V__Kingissepa_nim__kolhoos, lk 18
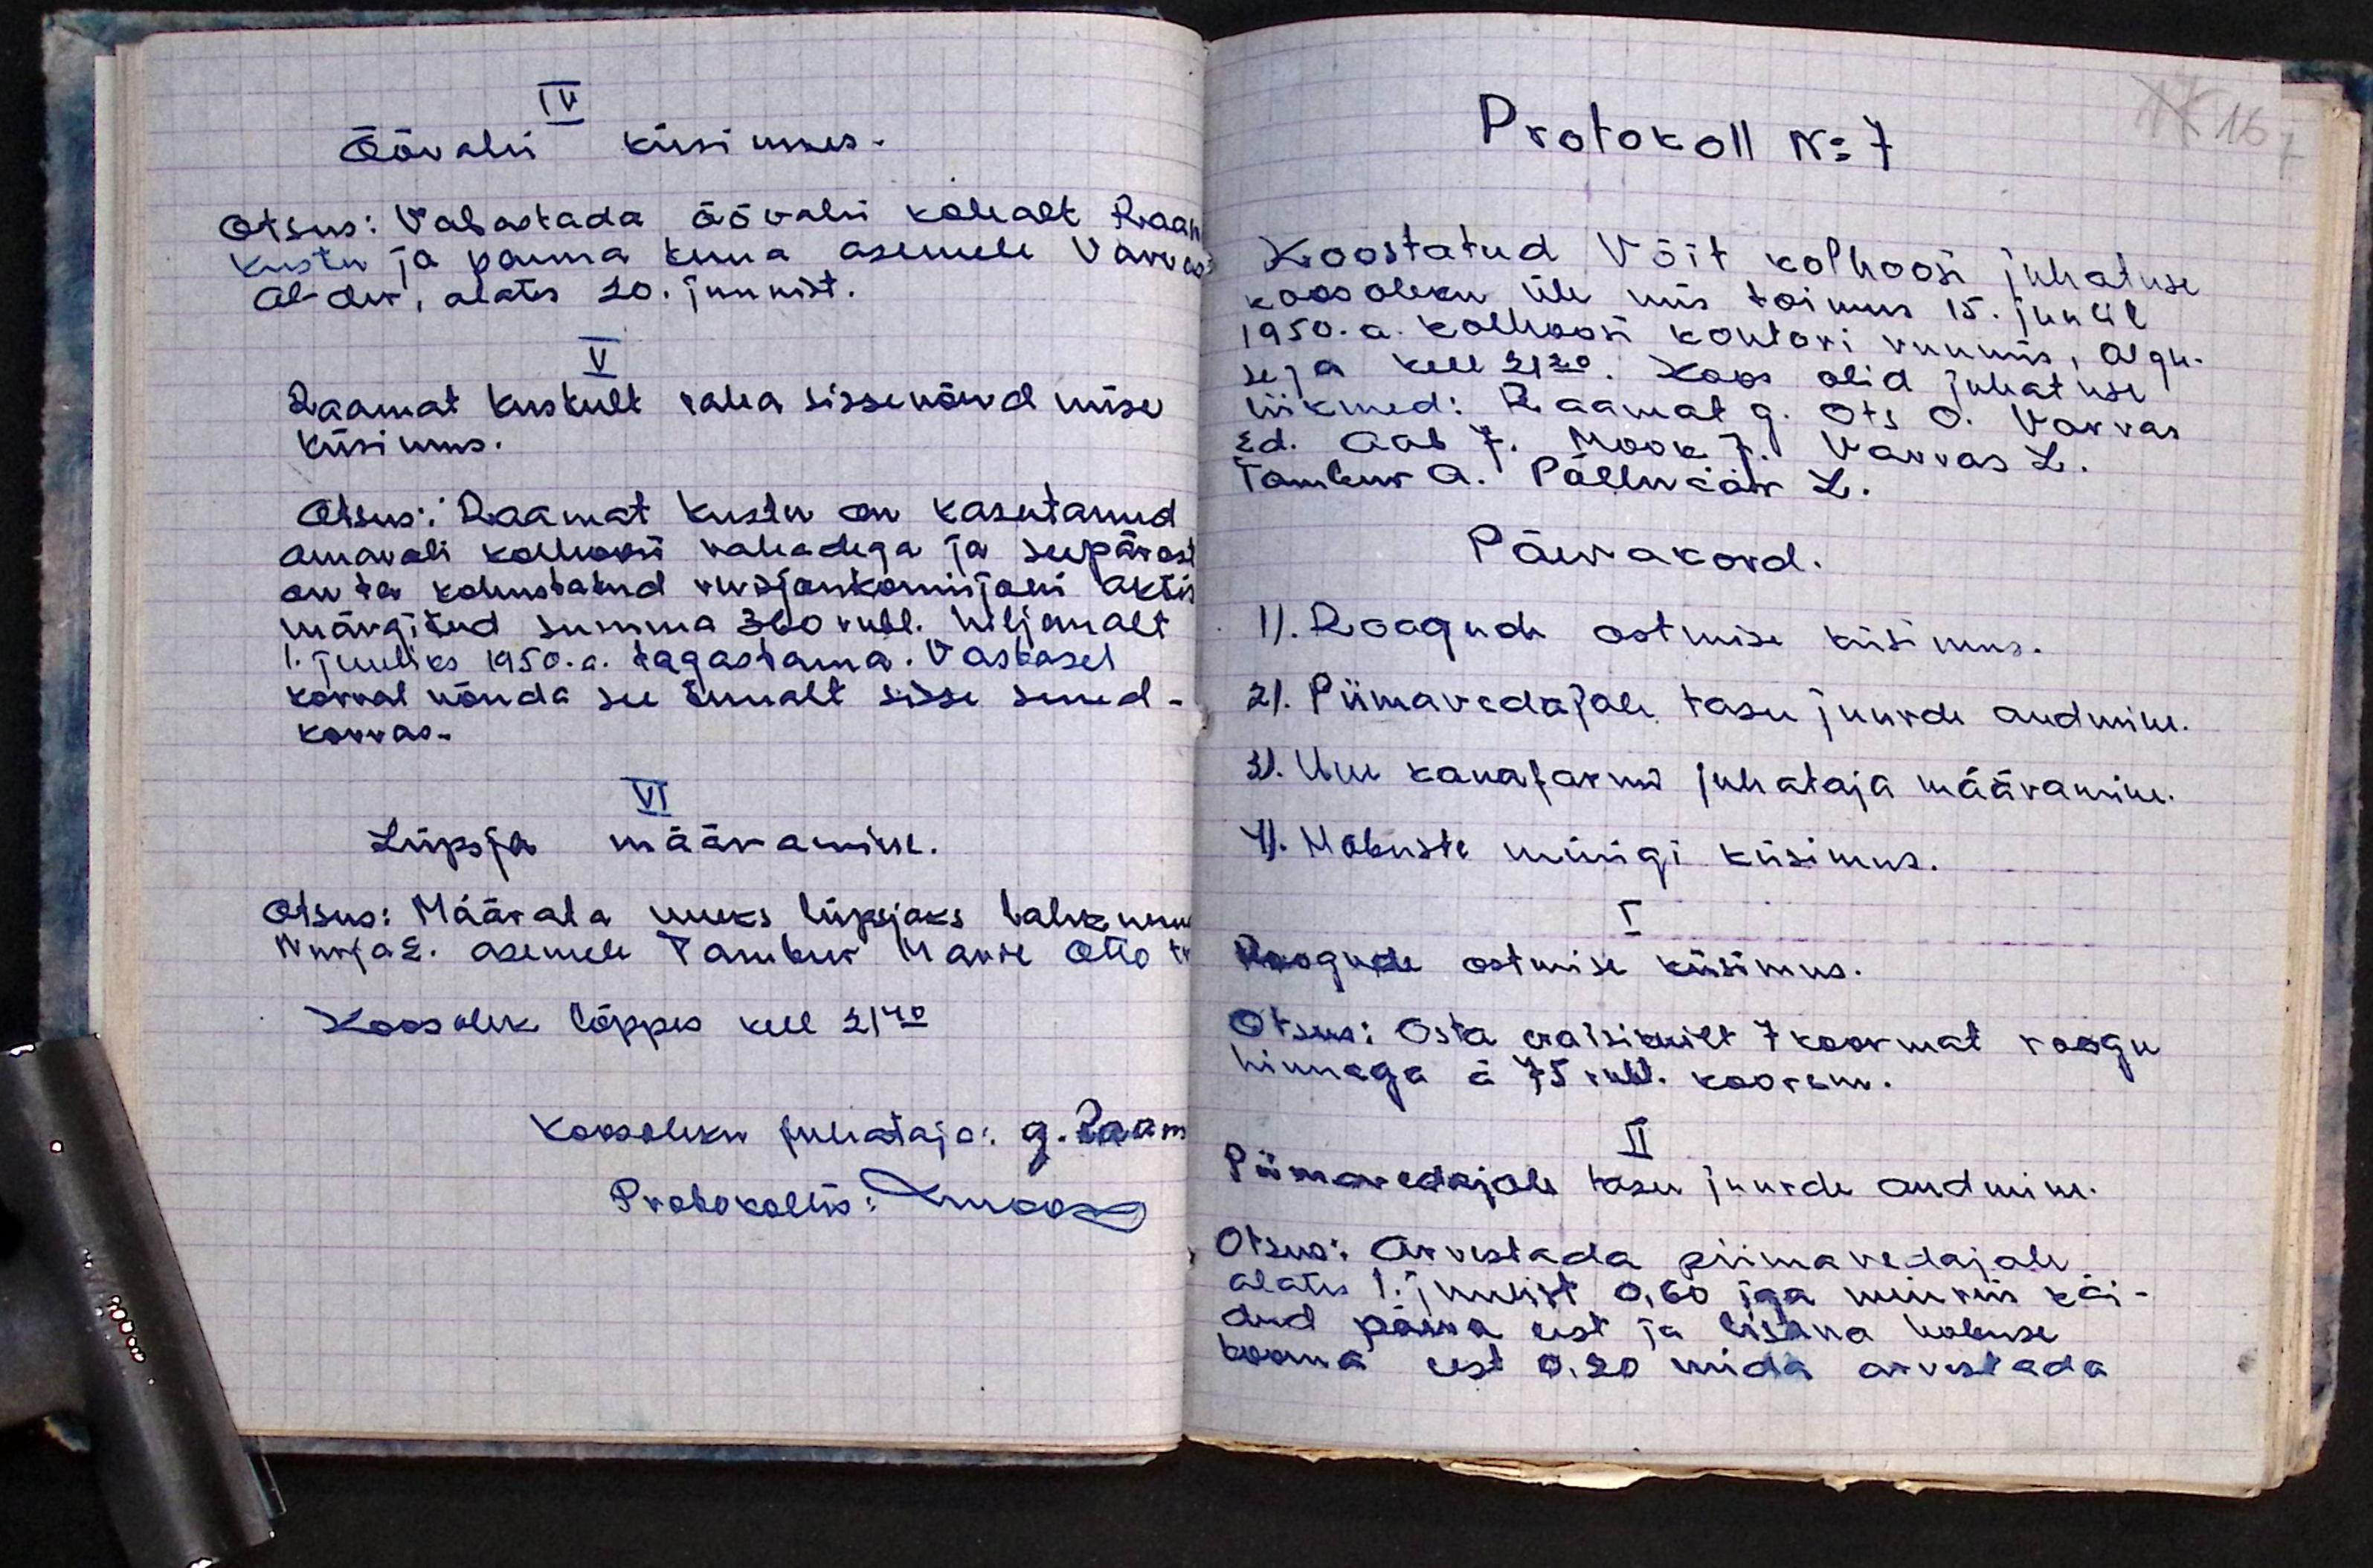
IV
Öövahi küsimus.
Otsus: Vabastada öövahi kohalt Raam.
Kustu ja panna tema asemele Varvas
Al-der, alates 20. juunist.
V
Raamat Kustult raha sissenõudmise
küsimus.
Otsus: Raamat Kustu on kasutanud
omavoli kolhoosi rahadega ja seepärast
on ta kohustatud revisjonkomisjoni aktis
märgitud summa 360 rubl. hiljemalt
1. juuliks 1950.a. tagastama. Vastasel
korral nõuda see temalt sisse sund-
korras.
VI
Lüpsja määramine.
Otsus: Määrata uueks lüpsjaks lahkunud
Nurjas. asemele Tambur Marie Otto tr
Koosolek lõppes kell 21.40
Koosoleku juhataja: G. Raam
Protokollis: lukopis

Protokoll No 7
Koostatud Võit kolhoosi juhatuse
koosoleku üle mis toimus 15. juulil
1950.a. kolhoosi kontori ruumis, algu-
sega kell 21.20. Koos olid juhatuse
liikmed: Raamat G. Ots O. Varvas
Ed. Aab J. Mook J. Varvas L.
Tambur A. Põlluäär L.
Päevakord.
1). Roogude ostmise küsimus.
2). Piimavedajale tasu juurde andmine.
3). Uue kanafarmi juhataja määramine.
4). Hobuste müügi küsimus.
Roogude ostmise küsimus.
Otsus: Osta eraisikuilt 7 koormat roogu
hinnaga á 75 rubl. koorem.
II
Piimavedajale tasu juurde andmine.
Otsus: Arvestada piimavedajale
alates 1. juulist 0,60 iga münnis käi-
dud päeva eest ja lisana hobuse
koorma eest 0,20 mida arvestada